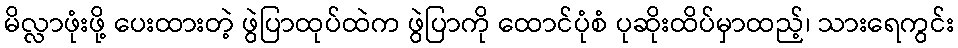
မိလ္လာဖုံးဖို့ ပေးထားတဲ့ ဖွဲပြာထုပ်ထဲက ဖွဲပြာကို ထောင်ပုံစံ ပုဆိုးထိပ်မှာထည့်၊ သားရေကွင်း